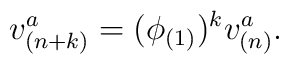
v_{(n+k)}^{a}=(\phi _{(1)})^{k}v_{(n)}^{a}.